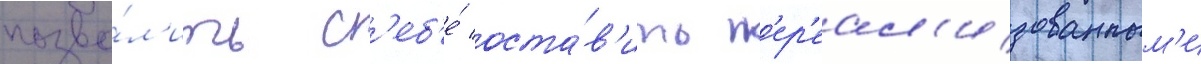
позво́л'ить с'еб'е́ оста́в'ить н'ер'еал'изованным'и